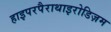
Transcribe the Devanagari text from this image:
हाइपरपैराथाइरोडिज़म